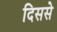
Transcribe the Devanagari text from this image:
दिससे